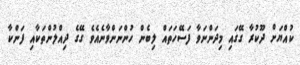
ކުއްޔަށް ދޫކުރާ ގޭގައި މިދަންނަވާ ފަސޭހަތައް ލިބެން ހުންނަންވާނެއެވެ ގޭގެ ދިއްލުންތަކާއި ފަންކާ